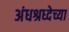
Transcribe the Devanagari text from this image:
अंधश्रध्देच्या